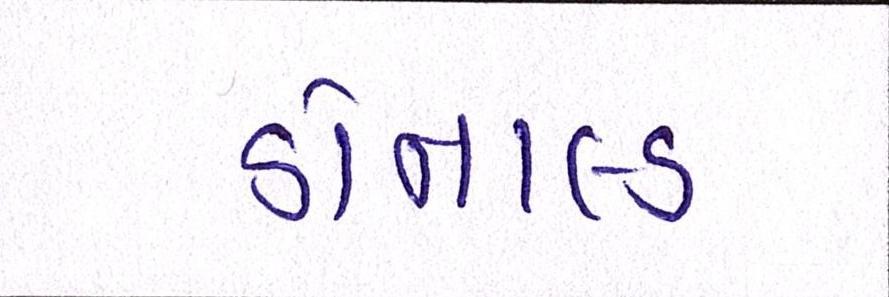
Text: ડોનાલ્ડ